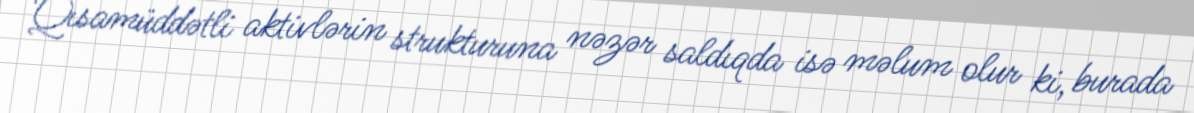
Qısamüddətli aktivlərin strukturuna nəzər saldıqda isə məlum olur ki, burada